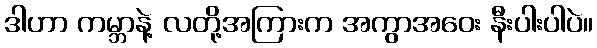
ဒါဟာ ကမ္ဘာနဲ့ လတို့အကြားက အကွာအဝေး နီးပါးပါပဲ။